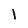
Character: I